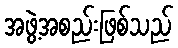
အဖွဲ့အစည်းဖြစ်သည်